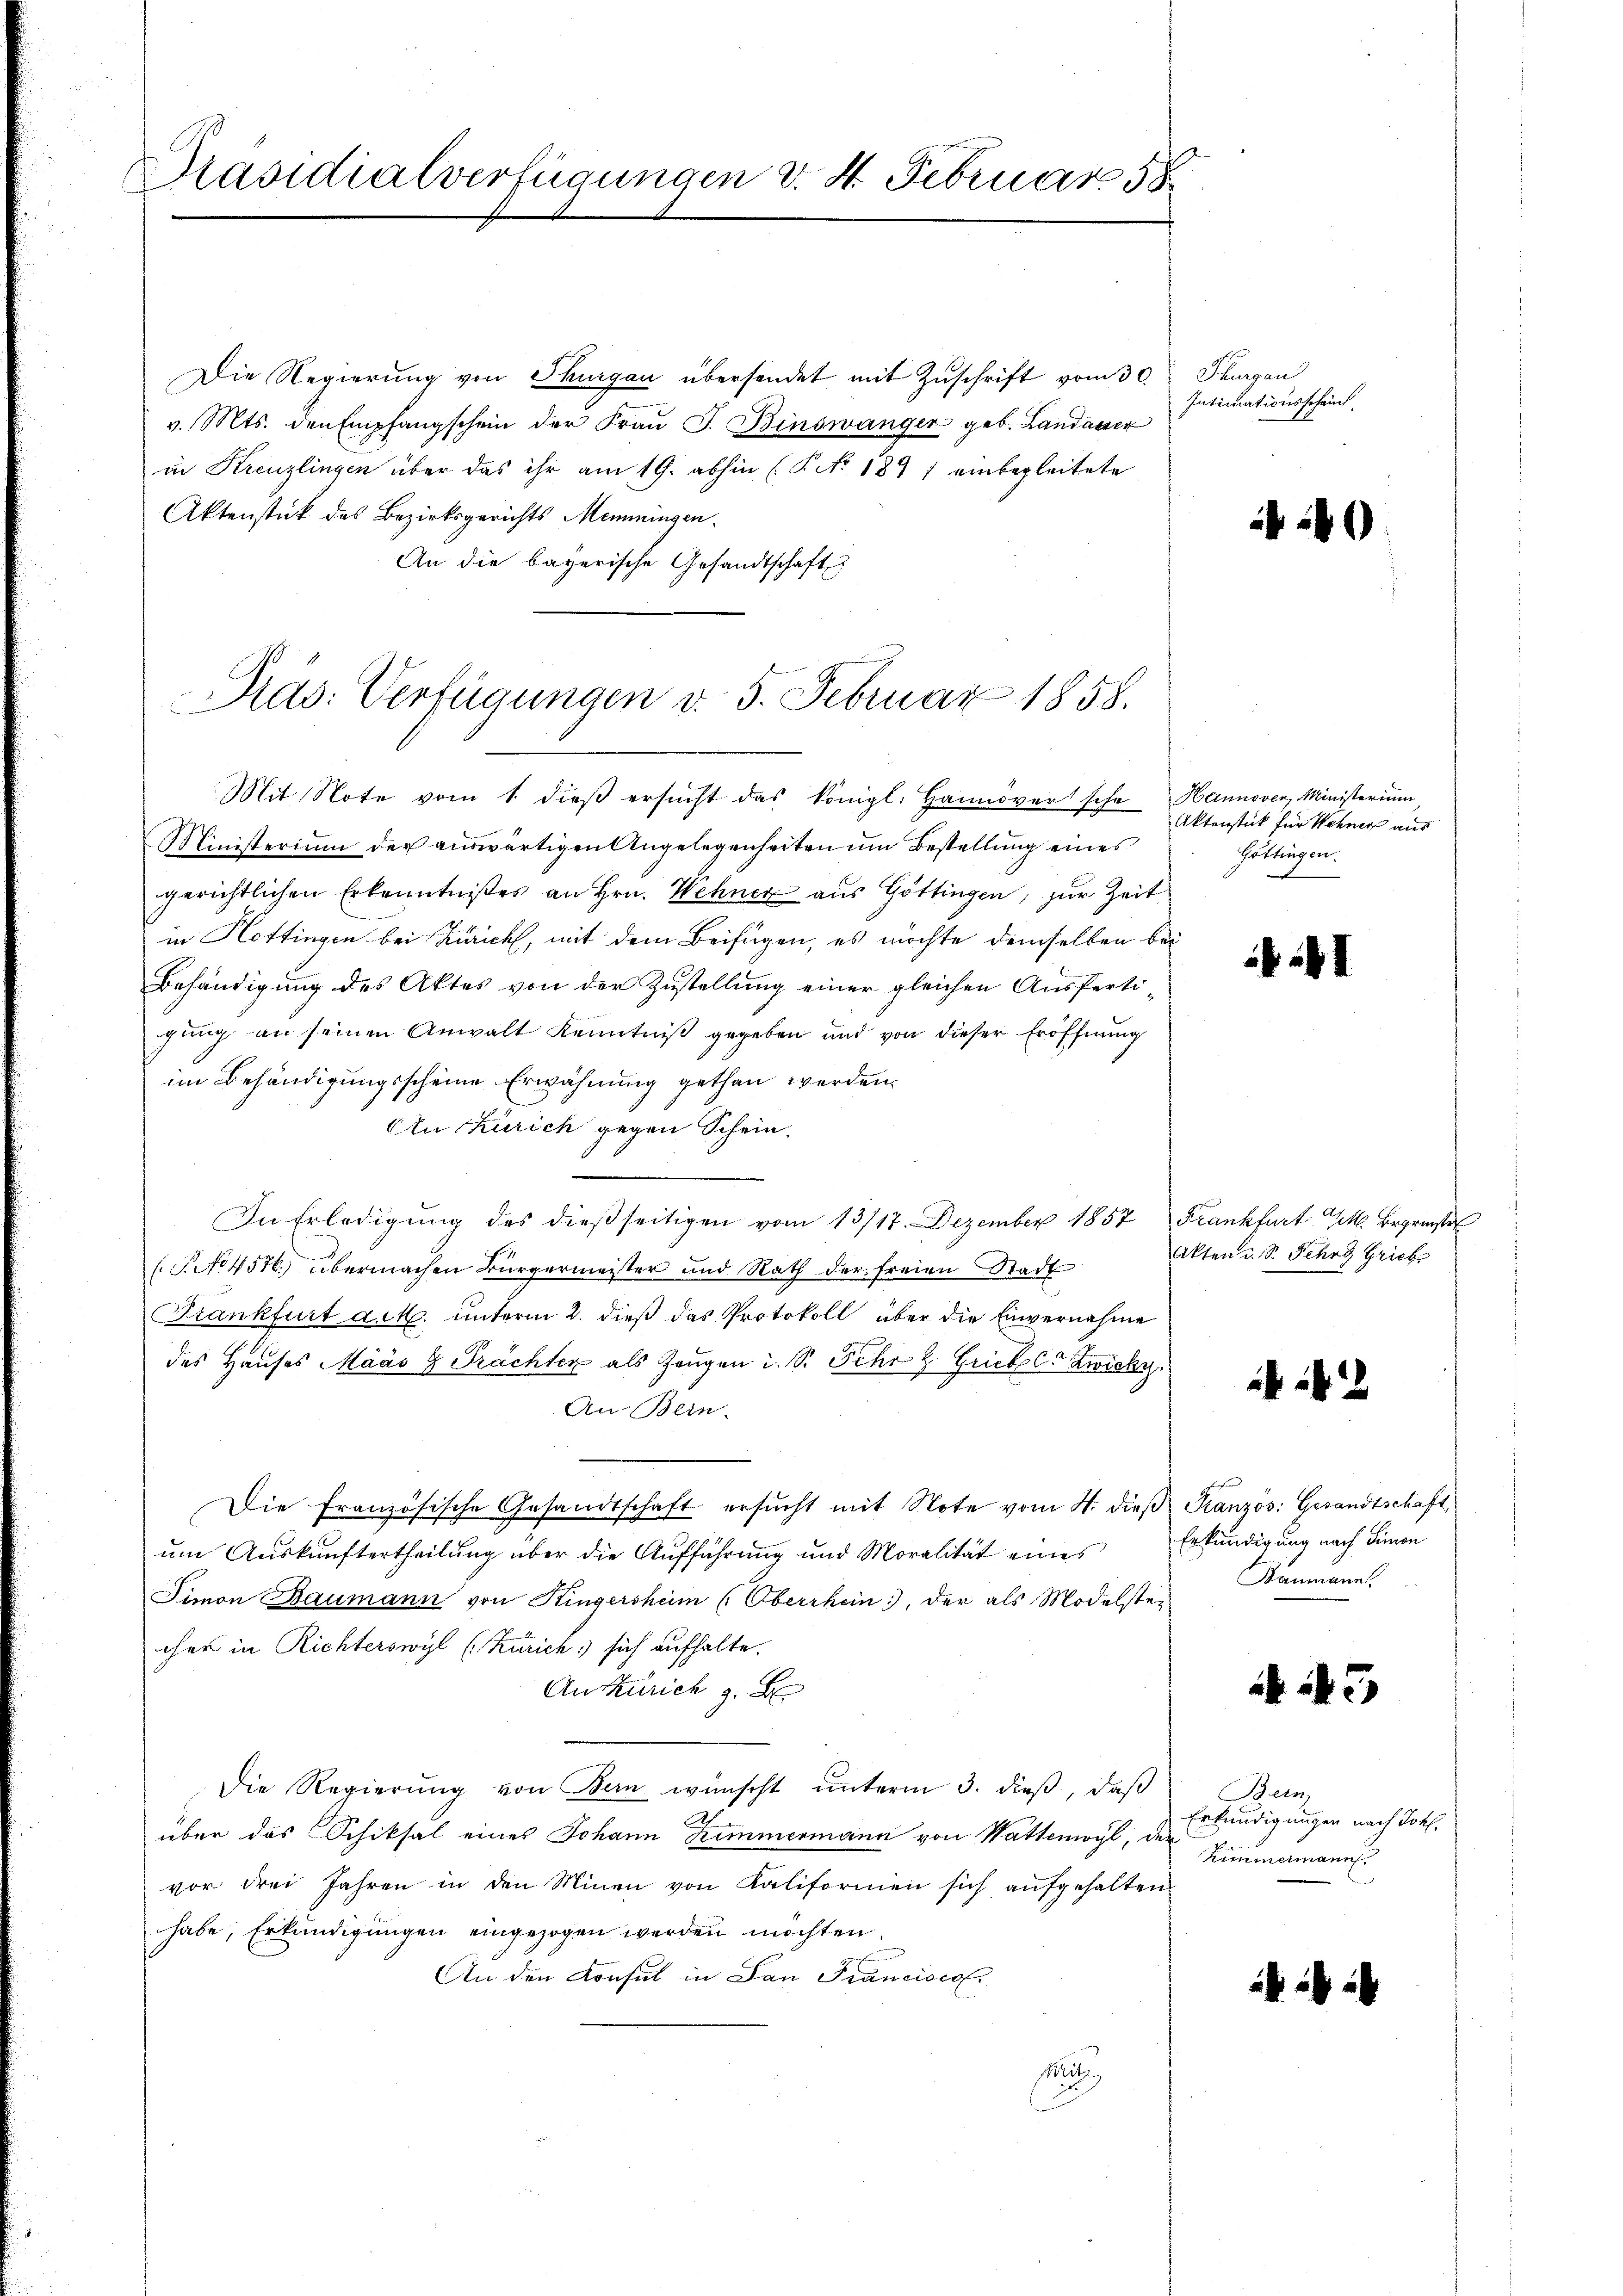
Präsidialverfügungen v. 4. Februar 58

Die Regierŭng von Thurgau übersendet mit Zŭschrift vom 30.
v. Mts. den Empfangschein der Fraŭ J. Binswänger geb. Landauer
in Kreuzlingen über das ihr am 19. abhin (P No. 1871 einbegleitete
Aktenstück des Bezirksgerichts Memmingen.
An die bayerische Gesandtschaft
Mit Note vom 1. dieß ersucht das königl. Hannoversche
Ministerium der auswärtigen Angelegenheiten um Bestellung eines
gerichtlichen Erkenntnißes an Hrn. Wehner aus Göttingen, zur Zeit
in Hottingen bei Zürich, mit dem Beifügen, es möchte demselben bei
Behändigung des Aktes von der Zustellung einer gleichen Ausfertigung an seinen Anwalt Kenntniß gegeben und von dieser Eröffnung
im Behändigungsscheine Erwähnung gethan werden.
Atutkürich gegen Schein.
In Erledigung des dießseitigen vom 13/17. Dezember 1857 Frankfurt M. Begrünstel
(No 4576) übermachen Bürgermeister und Rath der freien Stadt
Frankfurt ach. unterm 2. dieß das Protokoll über die Einvernahme
des Hauses Maas 9 Prächter als Zeugen i. S. Sehr z. Griebel Zwicky
An Bein-
Die Französische Gesandtschaft ersŭcht mit Note vom 4. dieβ Französ. Gesandtschaft,
um Auskunftertheilung über die Aufführung und Moralität eines
Simon Baumann von Kingersheim (Oberrhein), der als Modelstei
cher in Richterswyl (Zürich sich aufhalte.
An Zürich z. B
Die Regierung von Kan wünscht unterm 3. dieß, daß
über das Schiksal eines Johann Zimmermann von Wattenwyl, der
vor drei Jahren in den Minen von Kaliformen sich aufgehalten
habe, Erkundigungen eingezogen werden möchten.
An den Konsul in San Francisco
Mit

Pras: Verfügungen v. 5. Februar 1858.

Thurgaus
Intimationsschrif

20

Hannover, Ministerium
Aktenstück für Wehner aus
Göttingen.

I

Akten u. S. Fehrg Grieb

42

Erkundigung nach Simon
Baumann

45

Bein,
Erkundigungen nach Joh.
Zimmermann